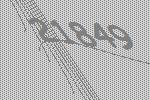
21849